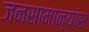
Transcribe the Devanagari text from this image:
जनसामान्यांस